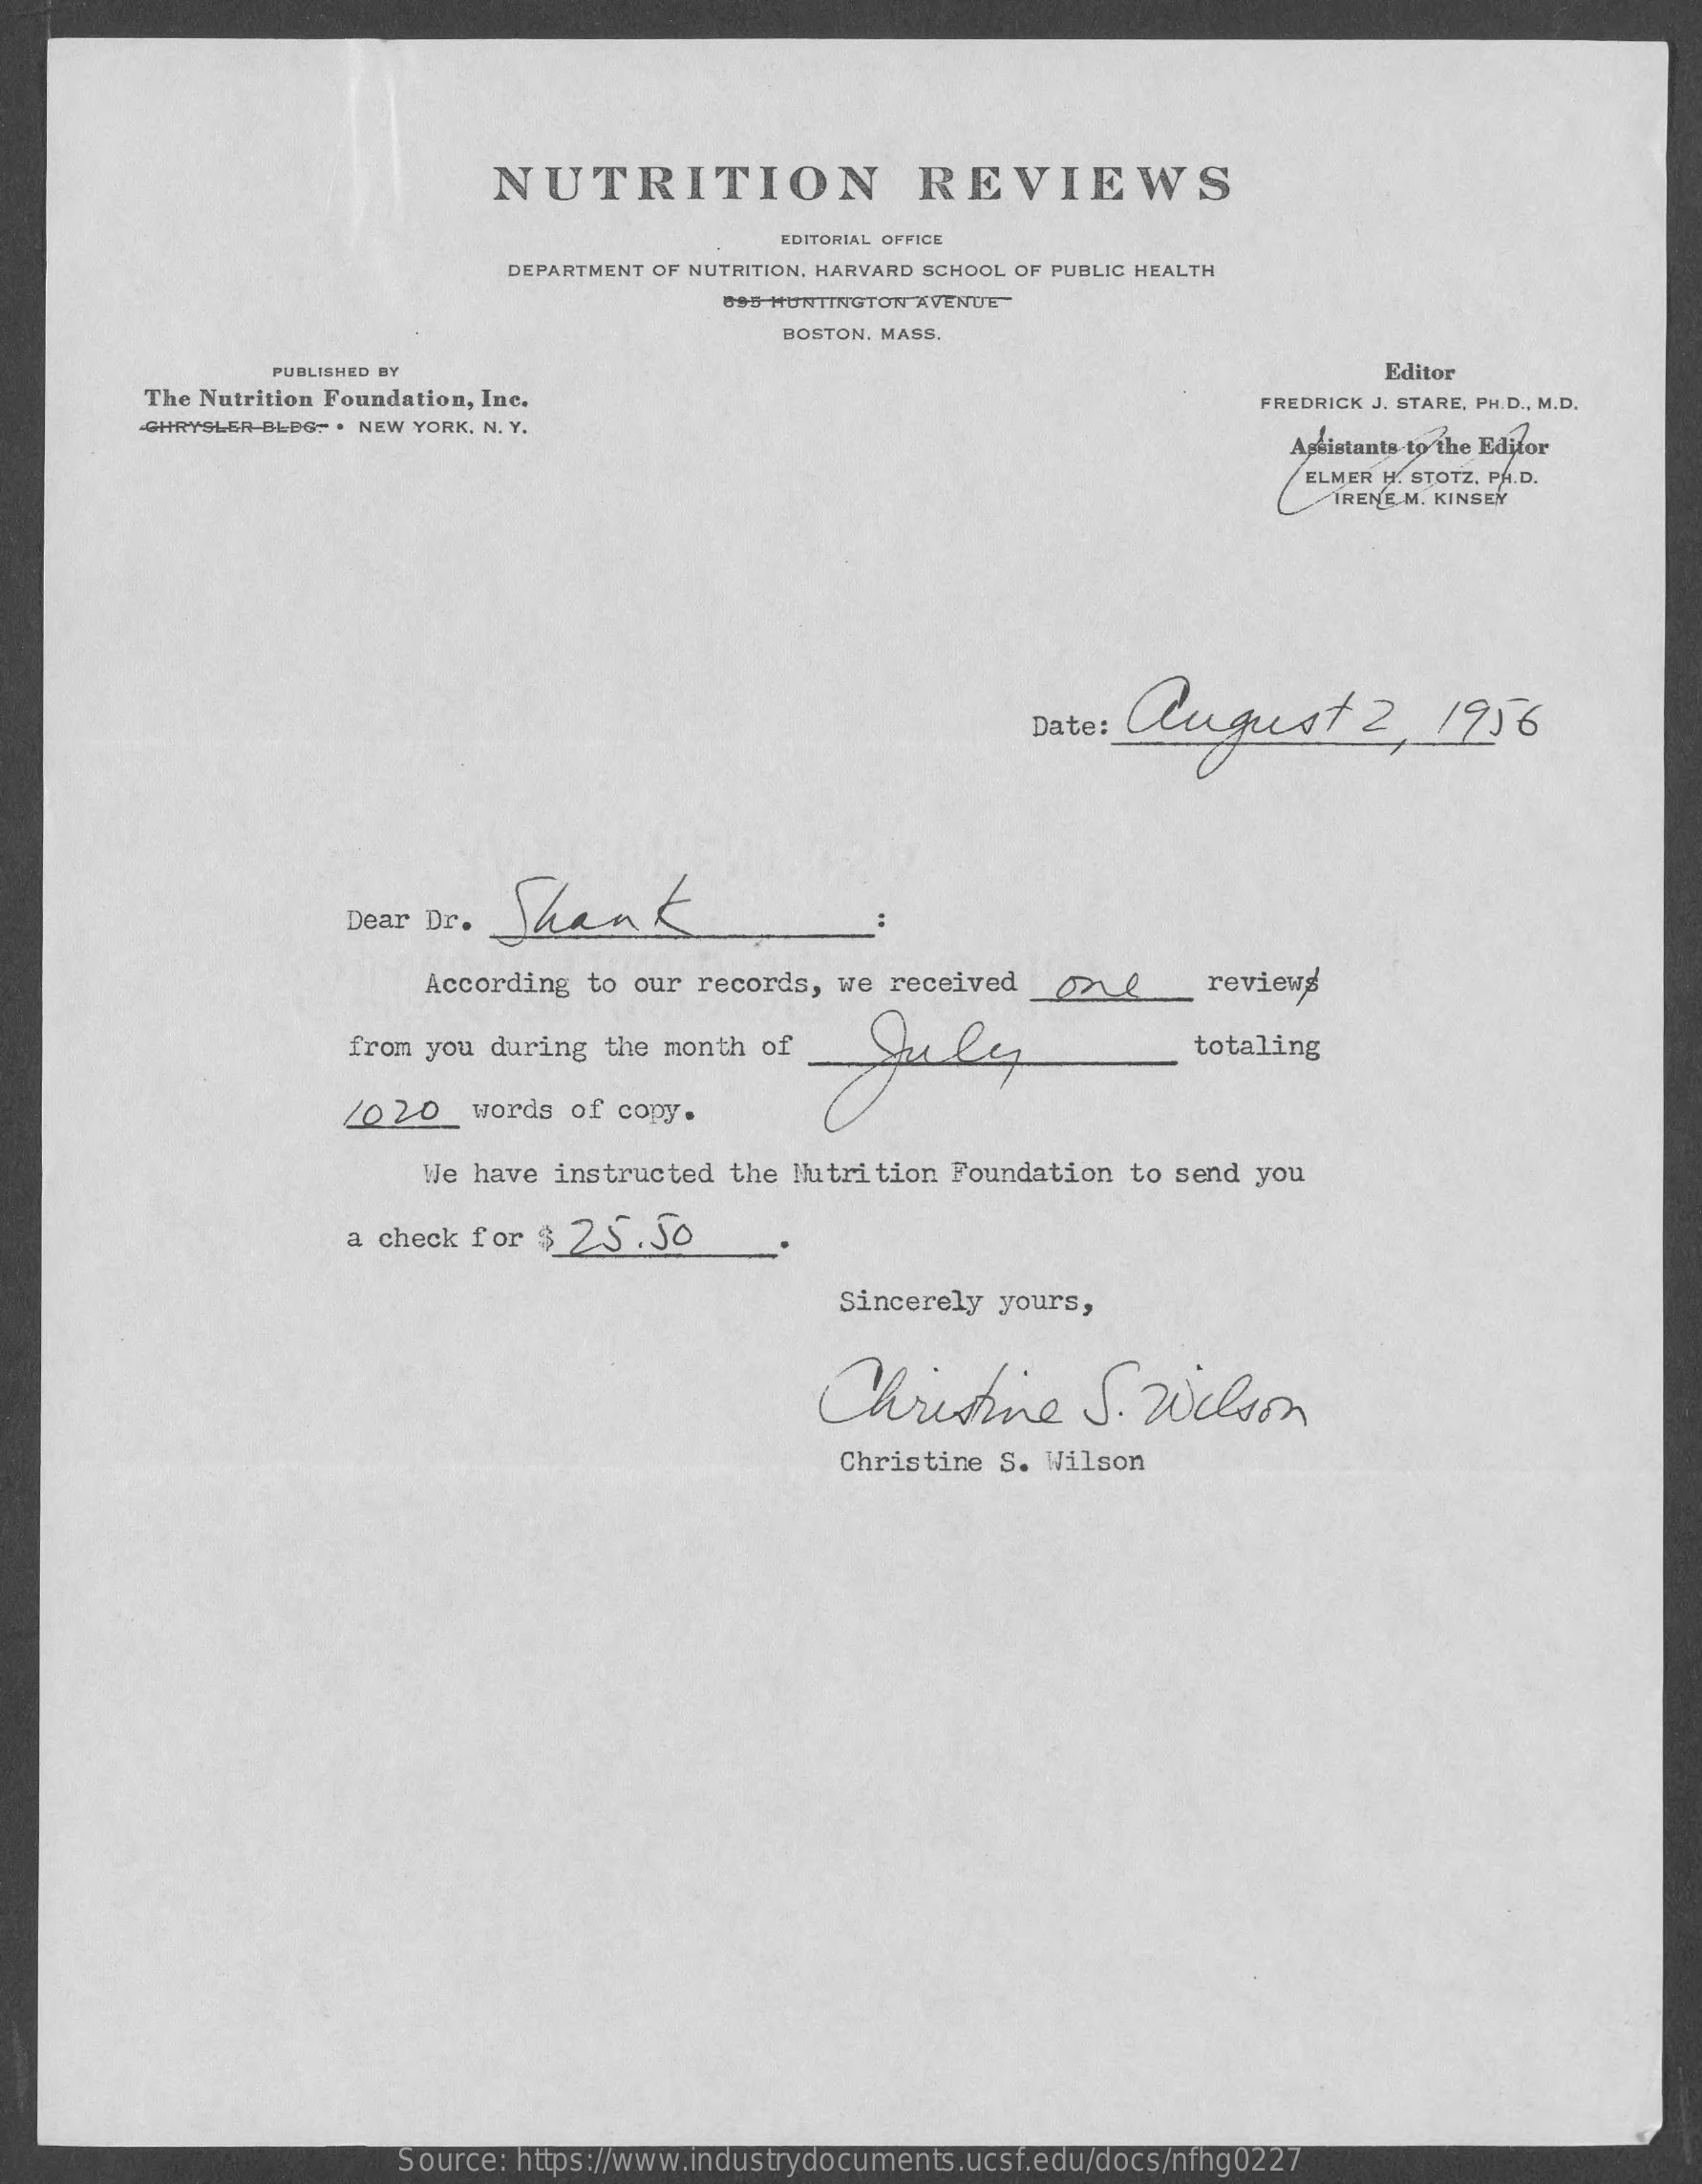
NUTRITION    REVIEWS
     EDITORIAL OFFICE
     DEPARTMENT OF NUTRITION, HARVARD SCHOOL OF PUBLIC HEALTH
     695 HUNTINGTON AVENUE
     BOSTON. MASS.
     PUBLISHED BY    Editor
     The Nutrition Foundation, Inc.    FREDRICK J. STARE, PH.D ., M.D.
     -CHRYSLER BLBG- . NEW YORK, N. Y.
     Assistants to the Editor
     ELMER H. STOTZ, PA.D.
     IRENE M. KINSEN
     Date: august    2,   1956
     Shank Dear Dr.
     According  to our records, we received    reviews
     from you during  the month of    July    totaling
     2020_   words of copy.
     We have instructed  the Nutrition Foundation  to send you
     a check for $ 25.50
     Sincerely yours,
     Christine    S.  wilson
     Christine S. Wilson
     Source: https://www.industrydocuments.ucsf.edu/docs/nfhg0227